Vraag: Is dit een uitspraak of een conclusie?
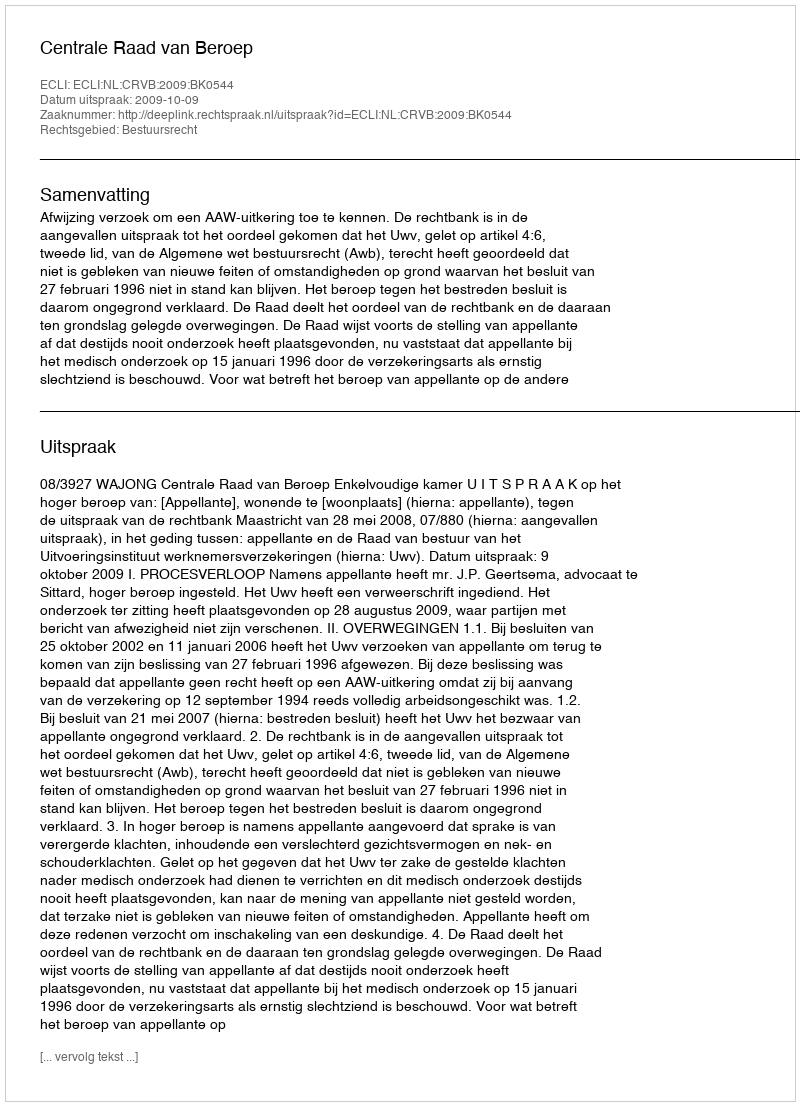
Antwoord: Uitspraak